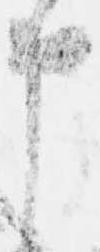
申